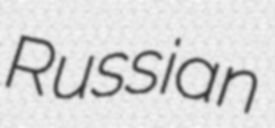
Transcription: Russian